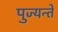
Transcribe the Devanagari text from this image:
पुज्यन्ते